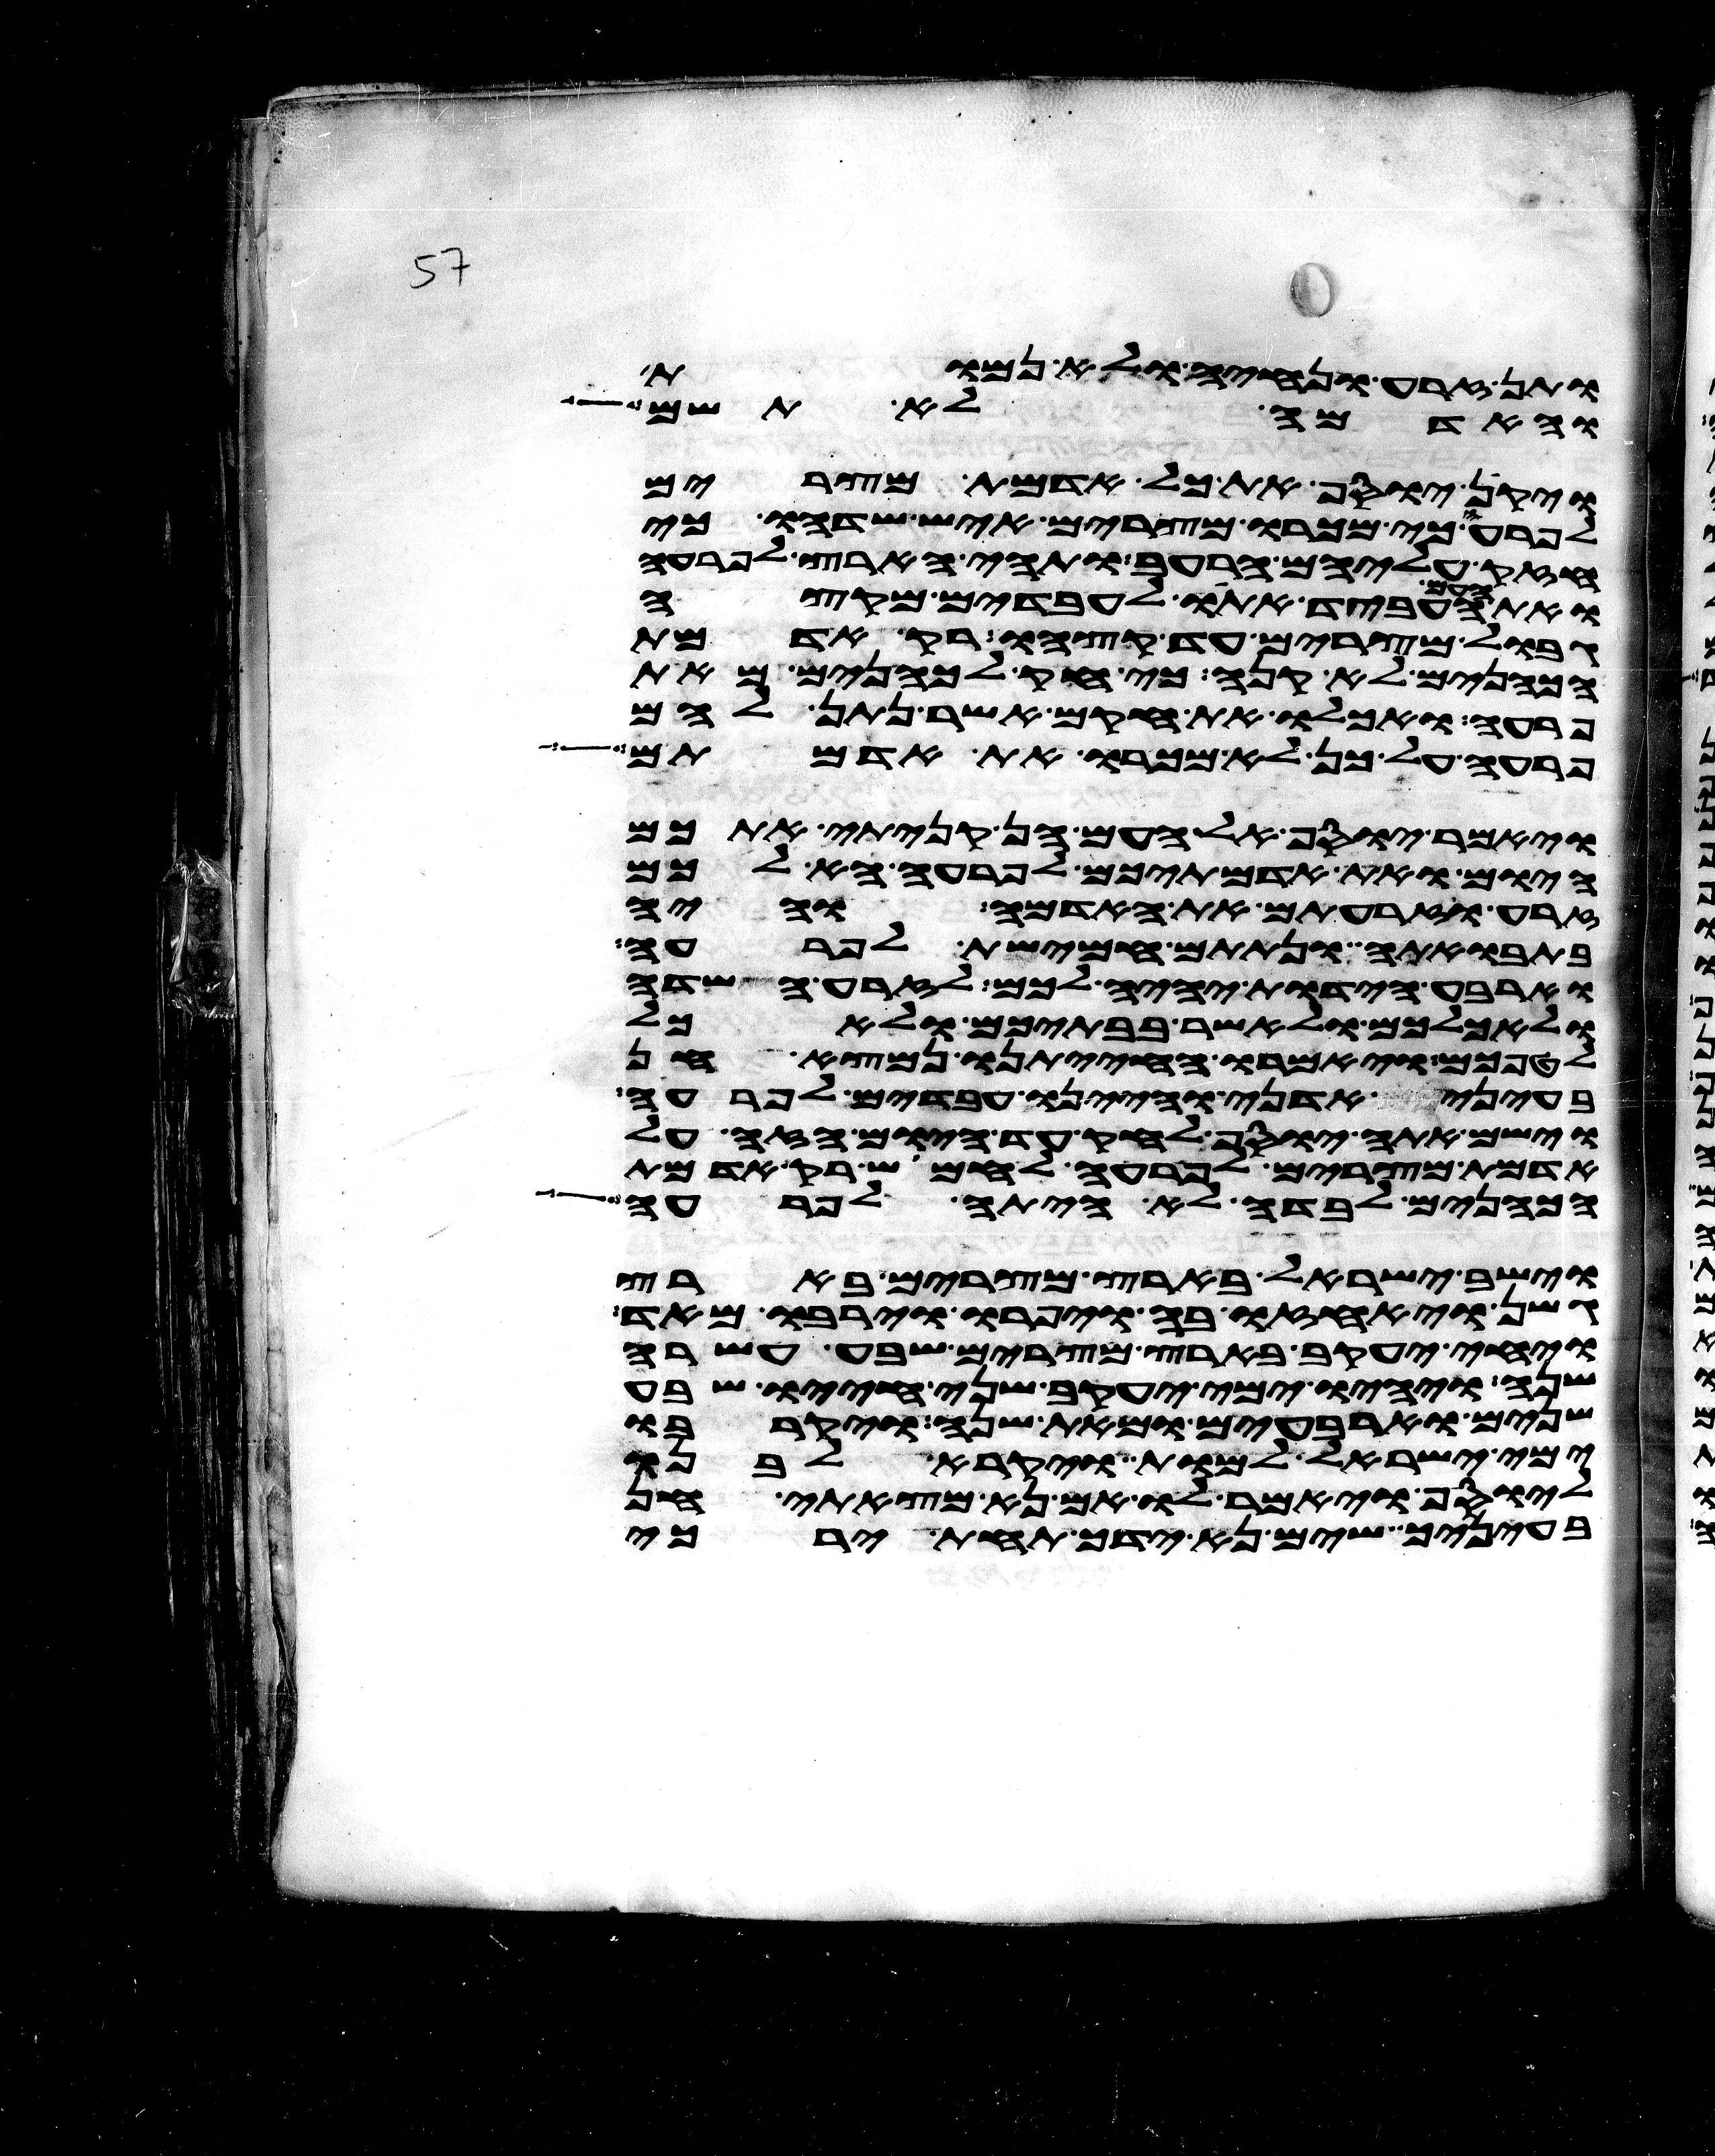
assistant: ותן זרע ונחיה ולא נמות
והאדמה לא תשם
ויקן יוסף את כל אדמת מצרים
לפרעה כי מכרו מצרים איש שדהו כי
חזק עליהם הרעב ותהי הארץ לפרעה
ואת העם העביד אתו לעבדים מקצה
גבול מצרים עד קצהו רק אדמת
הכהנים לא קנה כי חק לכהנים מאת
פרעה ואכלו את חקם אשר נתן להם
פרעה על כן לא מכרו את אדמתם
ויאמר יוסף אל העם הן קניתי אתכם
היום ואת אדמתיכם לפרעה הא לכם
זרע וזרעתם את האדמה והיה
בתבואתה ונתתם חמישת לפרעה
וארבע הידות יהיה לכם לזרע השדה
ולאכלכם ולאשר בבתיכם ולאכל
לטפכם ויאמרו החיתנו נמצא חן
בעיני אדני והיינו עבדים לפרעה
וישם אתה יוסף לחק עד היום הזה על
אדמת מצרים לפרעה לחמוש רק אדמת
הכהנים לבדה לא היתה לפרעה
וישב ישראל בארץ מצרים בארץ
גשן ויאחזו בה ויפרו וירבו מאד
ויחי יעקב בארץ מצרים שבע עשרה
שנה ויהיו ימי יעקב שני חייו שבע
שנים וארבעים ומאת שנה ויקרבו
ימי ישראל למות ויקרא לבנו
ליוסף ויאמר לו אם נא מצאתי חן
בעיניך שים נא ידך תחת ירכי